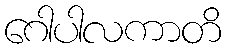
ဂေါပါလကာတိ